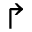
\Rsh